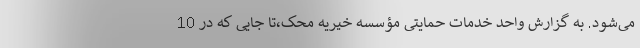
می‌شود. به گزارش واحد خدمات حمایتی مؤسسه خیریه محک،تا جایی که در 10